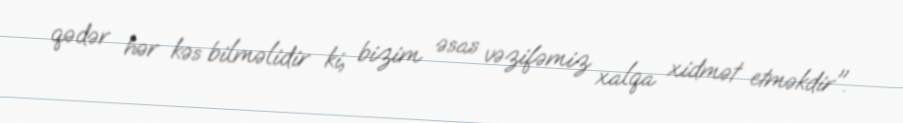
qədər hər kəs bilməlidir ki, bizim əsas vəzifəmiz xalqa xidmət etməkdir".